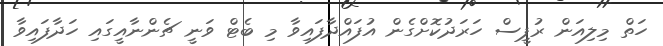
ހަތް މިލިއަން ރުޕީސް ހަރަދުކޮށްގެން އުފައްދާފައިވާ މި ބެޓް ވަނީ ޗެންނާއީގައި ހަދާފައިވާ